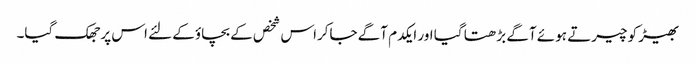
بھیڑ کو چیرتے ہوئے آگے بڑھتا گیا اور ایکدم آگے جاکراس شخص کے بچاؤکے لئے اس پر جھک گیا۔